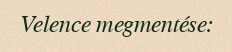
Velence megmentése: